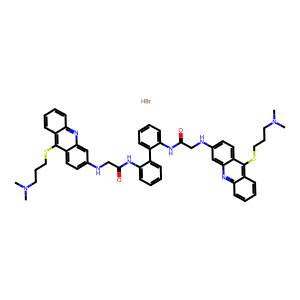
SMILES: Br.CN(C)CCCSc1c2ccccc2nc2cc(NCC(=O)Nc3ccccc3-c3ccccc3NC(=O)CNc3ccc4c(SCCCN(C)C)c5ccccc5nc4c3)ccc12
Inhibits HIV replication: No